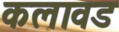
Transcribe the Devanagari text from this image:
कलावड